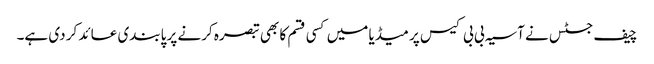
چیف جسٹس نے آسیہ بی بی کیس پر میڈیا میں کسی قسم کا بھی تبصرہ کرنے پر پابندی عائد کر دی ہے۔